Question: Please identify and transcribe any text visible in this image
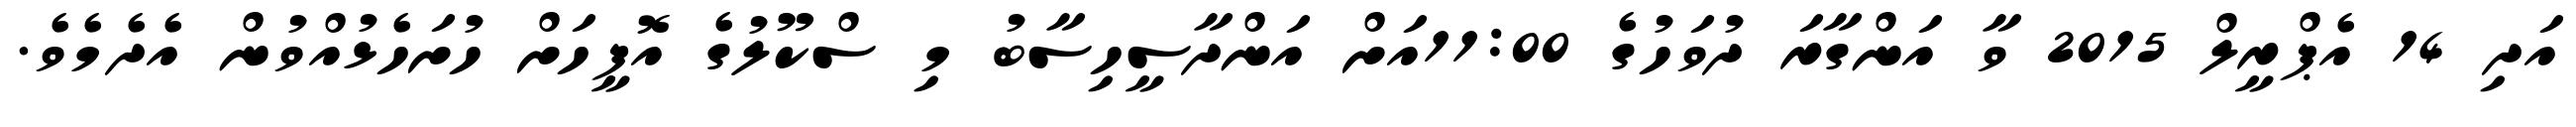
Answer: އަދި 14 އެޕްރީލް 2015 ވާ އަންގާރަ ދުވަހުގެ 11:00އަށް އަންދާސީހިސާބު މި ސްކޫލުގެ އޮފީހަށް ހުށަހެޅުއްވުން އެދެމެވެ.